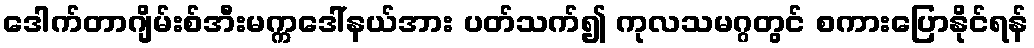
ဒေါက်တာဂျိမ်းစ်အီးမက္ကဒေါ်နယ်အား ပတ်သက်၍ ကုလသမဂ္ဂတွင် စကားပြောနိုင်ရန်